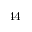
^ { 4 4 }